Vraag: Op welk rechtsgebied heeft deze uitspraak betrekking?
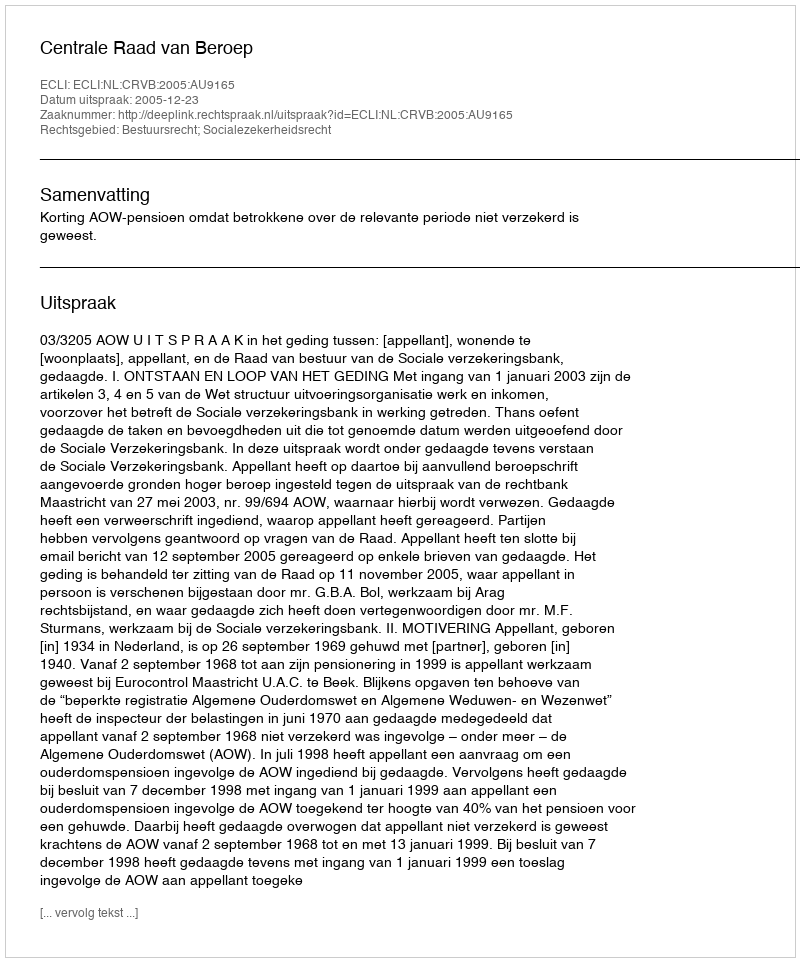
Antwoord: Bestuursrecht; Socialezekerheidsrecht